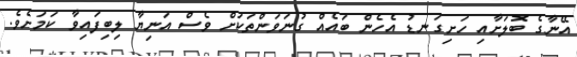
އޭނާގެ ބޮލަށާއި ހަށިގަނޑު އެހެން ބައެއް ގުނަވަަންތަކަށް ވެސް އަނިޔާ ލިބިފައިވާ ކަމަށެވެ.